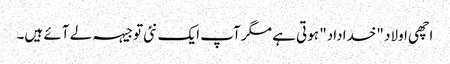
اچھی اولاد "خداداد" ہوتی ہے مگر آپ ایک نئی توجیہہ لے آئے ہیں۔